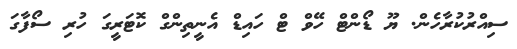
ސިއްރުކުރާހެން. ޔޫ ޑޯންޓް ހޭވް ޓް ހައިޑް އެނީތިންގް ކޮޓަރީގަ ހުރި ސޯފާގަ